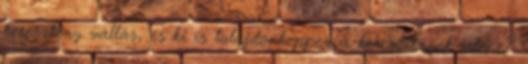
keresztény vallás, és ki is tulajdonképpen a keresztények istene?